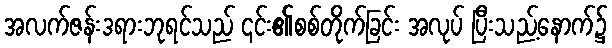
အလက်ဇန်းဒရားဘုရင်သည် ၎င်း၏စစ်တိုက်ခြင်း အလုပ် ပြီးသည့်နောက်၌